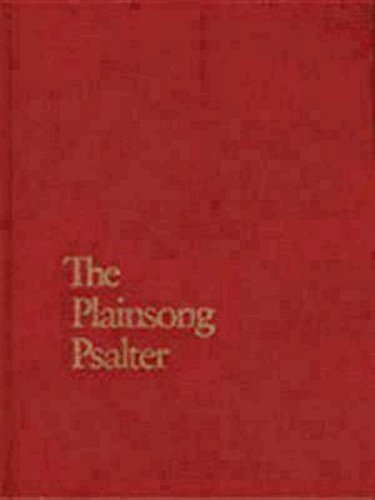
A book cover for Plainsong Psalter; James Litton; Christian Books & Bibles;